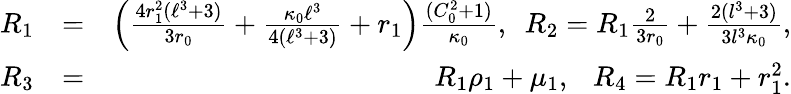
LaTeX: \begin{array}{rlr}{R_{1}}&{=}&{\left(\frac{4r_{1}^{2}(\ell^{3}+3)}{3r_{0}}+\frac{\kappa_{0}\ell^{3}}{4(\ell^{3}+3)}+r_{1}\right)\frac{(C_{0}^{2}+1)}{\kappa_{0}},\ \ R_{2}=R_{1}\frac{2}{3r_{0}}+\frac{2(l^{3}+3)}{3l^{3}\kappa_{0}},}\\ {R_{3}}&{=}&{R_{1}\rho_{1}+\mu_{1},\ \ \ R_{4}=R_{1}r_{1}+r_{1}^{2}.}\end{array}